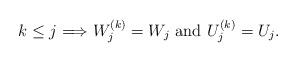
LaTeX: \begin{align*}k\leq j \Longrightarrow W_j^{(k)}=W_j\ \mbox{and}\ U_j^{(k)}=U_j.\end{align*}